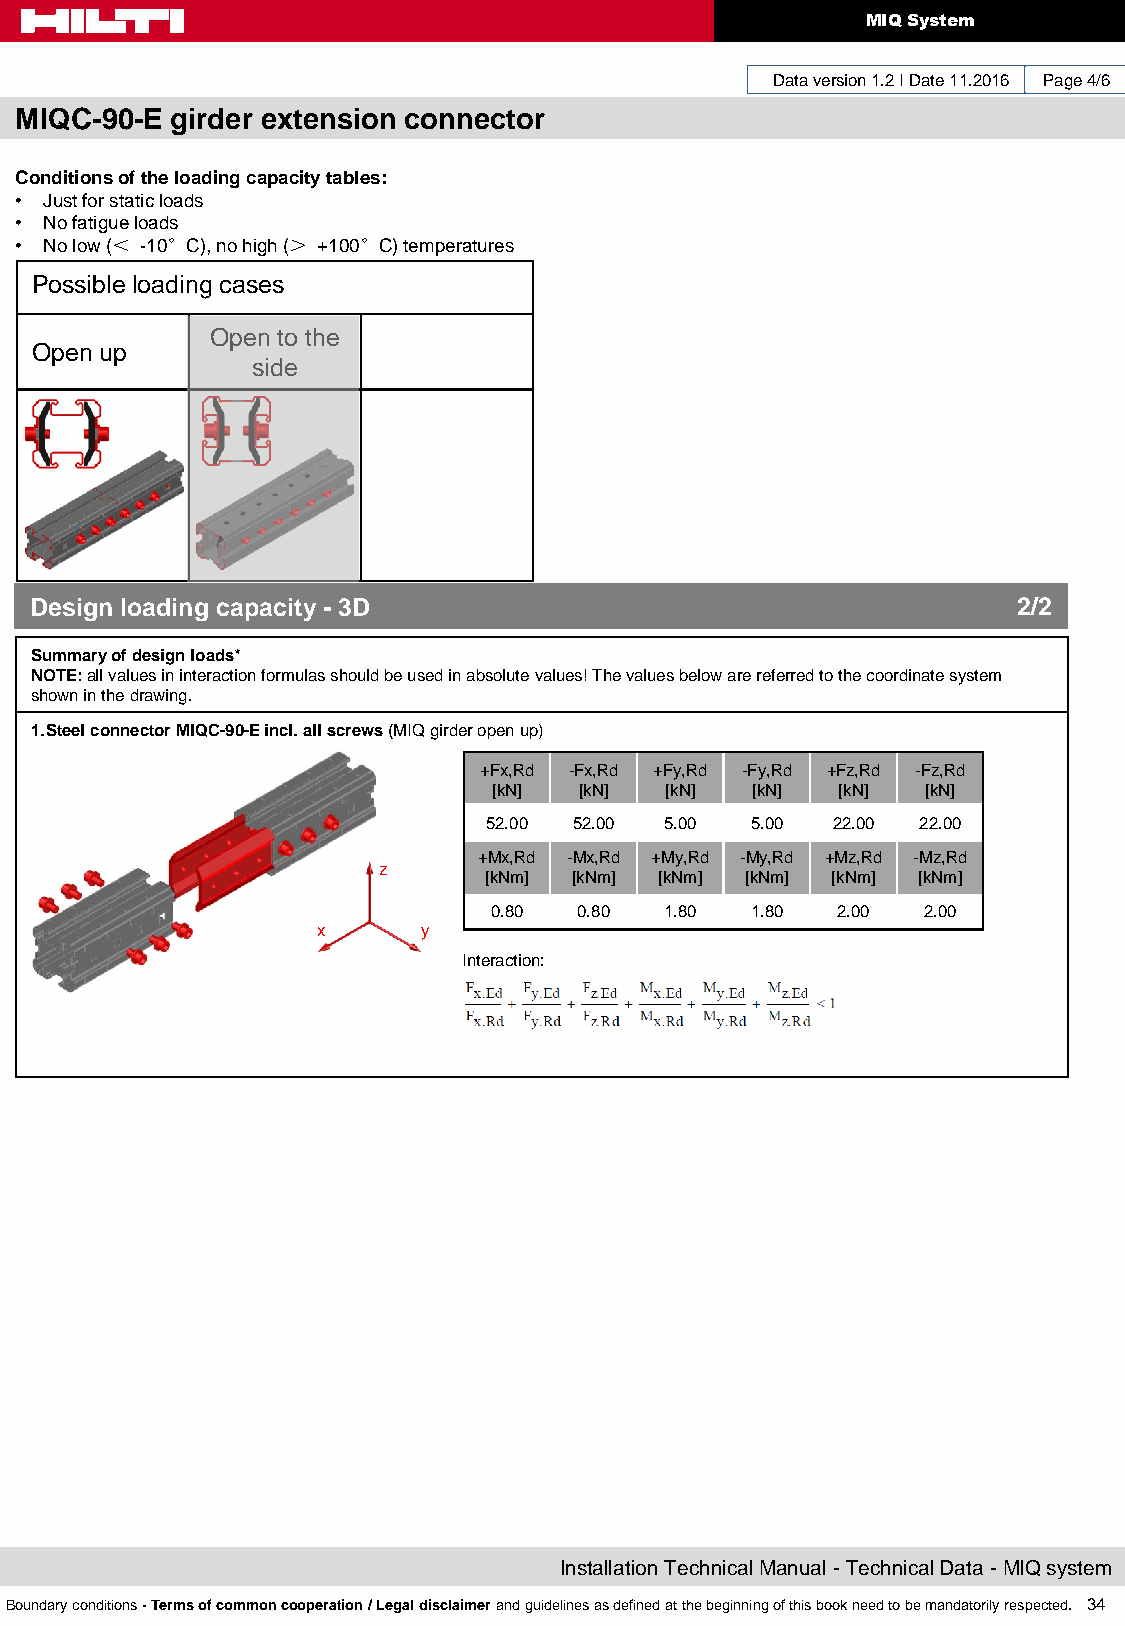
MIQ System
 Data version 1.2 I Date 11.2016 Page 4/6
 MIQC-90-E girder extension connector
 Conditions of the loading capacity tables:
 • Just for static loads
 • No fatigue loads
 • No low (＜ -10°C), no high (＞ +100°C) temperatures
 Possible loading cases
 Open to the
 Open up
 side
 Design loading capacity - 3D                                     2/2
 Summary of design loads*
 NOTE: all values in interaction formulas should be used in absolute values! The values below are referred to the coordinate system
 shown in the drawing.
 1.Steel connector MIQC-90-E incl. all screws (MIQ girder open up)
 +Fx,Rd -Fx,Rd +Fy,Rd -Fy,Rd +Fz,Rd -Fz,Rd
 [kN] [kN]  [kN]  [kN]  [kN] [kN]
 52.00 52.00 5.00  5.00 22.00 22.00
 +Mx,Rd -Mx,Rd +My,Rd -My,Rd +Mz,Rd -Mz,Rd
 z
 [kNm] [kNm] [kNm] [kNm] [kNm] [kNm]
 0.80  0.80  1.80  1.80 2.00  2.00
 x      y
 Interaction:
 Installation Technical Manual - Technical Data - MIQ system
 Boundary conditions - Terms of common cooperation / Legal disclaimer and guidelines as defined at the beginning of this book need to be mandatorily respected. 34